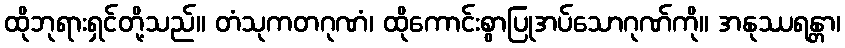
ထိုဘုရားရှင်တို့သည်။ တံသုကတဂုဏံ၊ ထိုကောင်းစွာပြုအပ်သောဂုဏ်ကို။ အနုဿရန္တာ၊